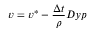
v = v ^ { * } - \frac { \Delta t } { \rho } D y p